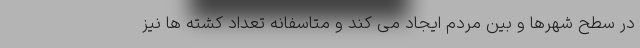
در سطح شهرها و بین مردم ایجاد می کند و متاسفانه تعداد کشته ها نیز